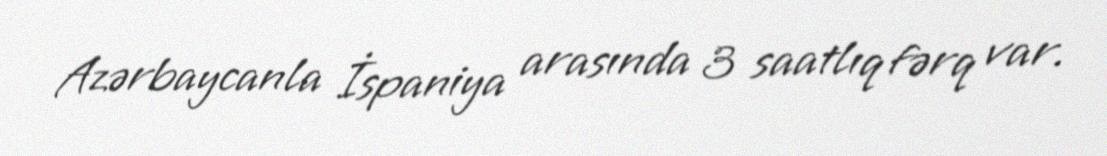
Azərbaycanla İspaniya arasında 3 saatlıq fərq var.